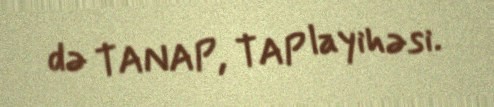
də TANAP, TAP layihəsi.